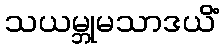
သယမ္ဘုမသာဒယိံ